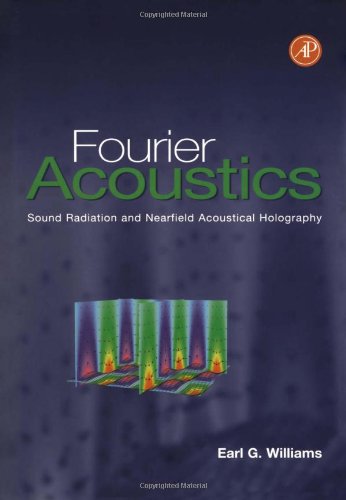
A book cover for Fourier Acoustics: Sound Radiation and Nearfield Acoustical Holography; Earl G. Williams; Science & Math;